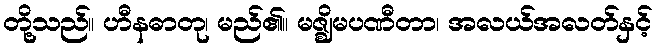
တို့သည်။ ဟီနဓာတု၊ မည်၏။ မဇ္ဈိမပဏီတာ၊ အလယ်အလတ်နှင့်